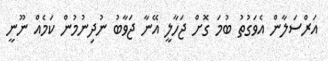
އަރްސަލާން އެވަގުތު ބުމަ ގޮށް ޖަހާލީ އޭނާ ޖަވާބު ނުދިނުމުން ކަމެއް ނޫނީ